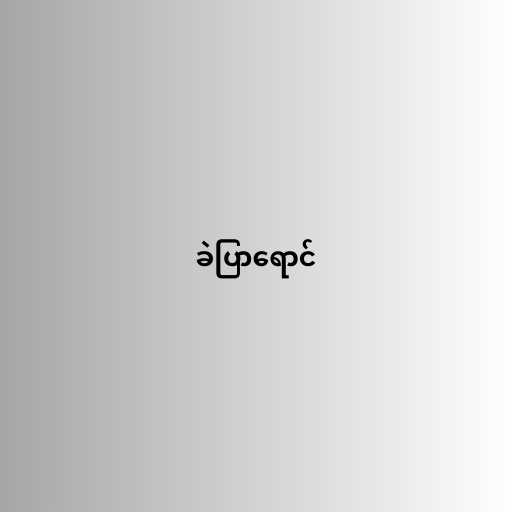
ခဲပြာရောင်